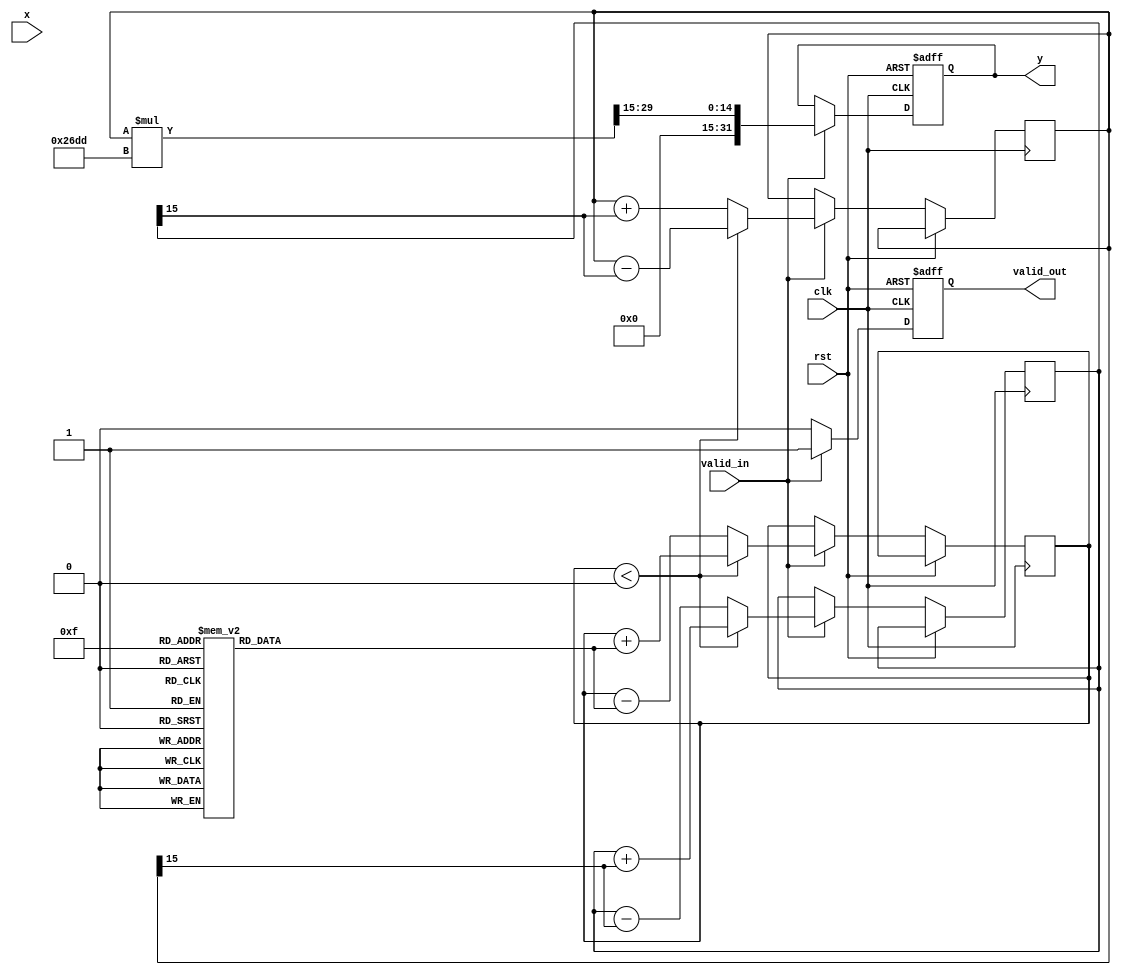
module atan_cordic #(
    parameter INPUT_WIDTH = 16,  // Width of input x
    parameter OUTPUT_WIDTH = 32   // Width of output y
) (
    input  wire clk,               // Clock input
    input  wire rst,               // Reset input
    input  wire valid_in,          // Valid input signal
    input  wire signed [INPUT_WIDTH-1:0] x, // Input value (tangent)
    output reg  valid_out,         // Valid output signal
    output reg  signed [OUTPUT_WIDTH-1:0] y // Output value (angle in radians)
);

    // CORDIC parameters
    localparam NUM_ITERATIONS = 16; // Number of iterations for CORDIC
    localparam CORDIC_GAIN = 16'h26DD; // CORDIC scaling factor (K = 1/(sqrt(1+1))^n)

    // Internal signals
    reg  signed [INPUT_WIDTH-1:0] x_reg, y_reg;
    reg signed [OUTPUT_WIDTH-1:0] z_reg;
    reg [NUM_ITERATIONS-1:0] angle_table [0:NUM_ITERATIONS-1]; // Angle lookup table
    integer i;

    // Initialize angle table with arctangent values
    initial begin
        angle_table[0] = 16'h0000; // atan(0) = 0
        angle_table[1] = 16'h3244; // atan(1/2) = 0.463647
        angle_table[2] = 16'h5A82; // atan(1/4) = 0.244978
        // ... Populate rest of the angle table values for CORDIC ...
        angle_table[15] = 16'h7D80; // atan(1) = 0.785398
    end

    // Main CORDIC computation
    always @(posedge clk or posedge rst) begin
        if (rst) begin
            valid_out <= 0;
            y <= 0;
        end else if (valid_in) begin
            // Initialize registers
            x_reg <= x;
            y_reg <= 0;
            z_reg <= 0;

            // Perform CORDIC iterations
            for (i = 0; i < NUM_ITERATIONS; i = i + 1) begin
                if (z_reg < 0) begin
                    x_reg <= x_reg + (y_reg >>> i);
                    y_reg <= y_reg - (x_reg >>> i);
                    z_reg <= z_reg + angle_table[i];
                end else begin
                    x_reg <= x_reg - (y_reg >>> i);
                    y_reg <= y_reg + (x_reg >>> i);
                    z_reg <= z_reg - angle_table[i];
                end
            end

            // Scale the output and apply CORDIC gain
            y <= (y_reg * CORDIC_GAIN) >>> (NUM_ITERATIONS - 1);
            valid_out <= 1; // Signal the output is valid
        end else begin
            valid_out <= 0; // Invalidate output if no valid input
        end
    end

endmodule